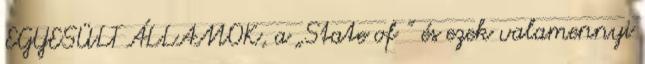
EGYESÜLT ÁLLAMOK, a „State of ” és ezek valamennyi